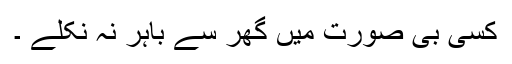
کسی بی صورت میں گھر سے باہر نہ نکلے ۔